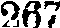
26/